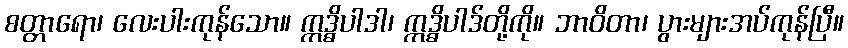
စတ္တာရော၊ လေးပါးကုန်သော။ ဣဒ္ဓိပါဒါ၊ ဣဒ္ဓိပါဒ်တို့ကို။ ဘာဝိတာ၊ ပွားများအပ်ကုန်ပြီ။